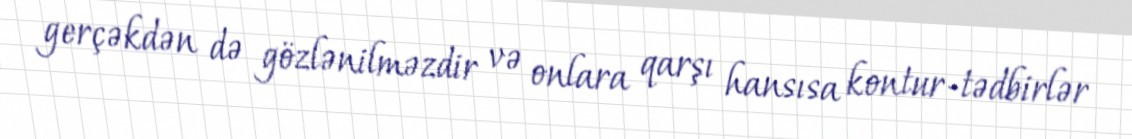
gerçəkdən də gözlənilməzdir və onlara qarşı hansısa kontur-tədbirlər